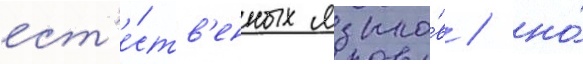
ест'е́ств'енных языко́в / но́